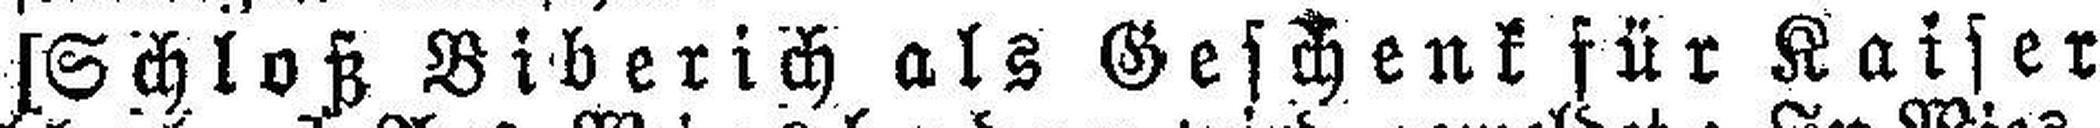
[Schloß Biberich als Geschenk für Kaiser